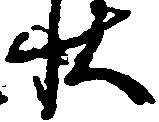
状